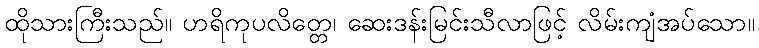
ထိုသားကြီးသည်။ ဟရိကုပလိတ္တေ၊ ဆေးဒန်းမြင်းသီလာဖြင့် လိမ်းကျံအပ်သော။